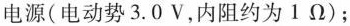
电源(电动势 3. 0V，内阻约为 1 Ω)；